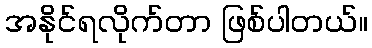
အနိုင်ရလိုက်တာ ဖြစ်ပါတယ်။